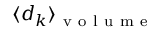
\langle d _ { k } \rangle _ { \mathrm { ~ v ~ o ~ l ~ u ~ m ~ e ~ } }